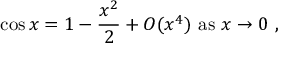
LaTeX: \cos x = 1 - { \frac { x ^ { 2 } } { 2 } } + O ( x ^ { 4 } ) { \mathrm { ~ a s ~ } } x \to 0 \ ,